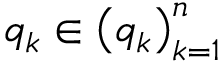
q _ { k } \in \left( q _ { k } \right) _ { k = 1 } ^ { n }